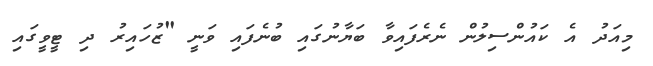
މިއަދު އެ ކައުންސިލުން ނެރެފައިވާ ބަޔާނުގައި ބުނެފައި ވަނީ "ޒުހައިރު ދި ޓީވީގައި